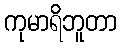
ကုမာရိဘူတာ